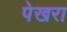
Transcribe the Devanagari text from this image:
पेखरा